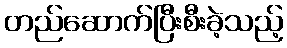
တည်ဆောက်ပြီးစီးခဲ့သည့်